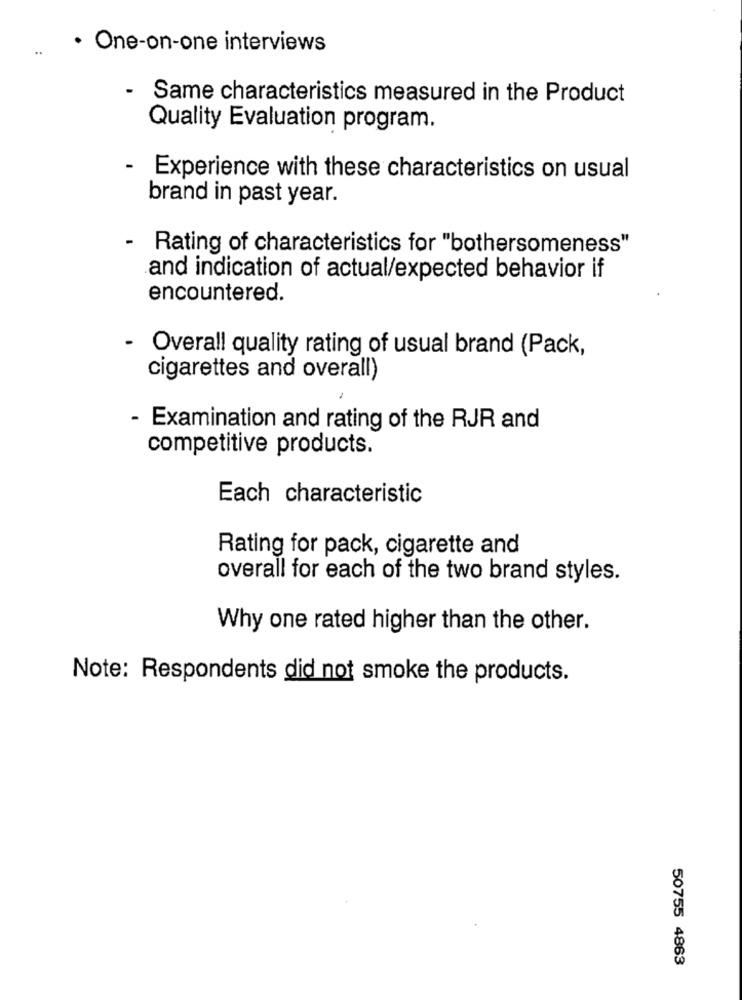
· One-on-one interviews
Same characteristics measured in the Product
Quality Evaluation program.
- Experience with these characteristics on usual
brand in past year.
-
Rating of characteristics for "bothersomeness"
and indication of actual/expected behavior if
encountered.
- Overall quality rating of usual brand (Pack,
cigarettes and overall)
Examination and rating of the RJR and
competitive products.
Each characteristic
Rating for pack, cigarette and
overall for each of the two brand styles.
Why one rated higher than the other.
Note: Respondents did not smoke the products.
50755 4863